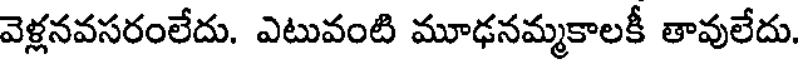
వెళ్లనవసరంలేదు. ఎటువంటి మూఢనమ్మకాలకీ తావులేదు.